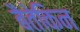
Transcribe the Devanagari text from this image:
बैतेकिन